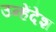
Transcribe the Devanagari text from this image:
उन्हेंदेश